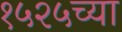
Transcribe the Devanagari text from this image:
१५२५च्या